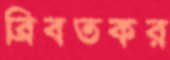
ব্রিবতকর